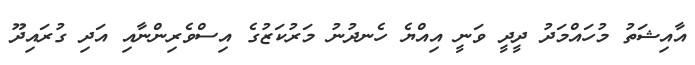
އާއިޝަތު މުހައްމަދު ދީދީ ވަނީ އިއްޔެ ހެނދުނު މަރުކަޒުގެ އިސްވެރިންނާއި އަދި ގުރައިދޫ